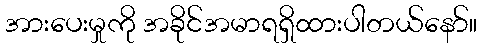
အားပေးမှုကို အခိုင်အမာရရှိထားပါတယ်နော်။